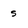
Character: s